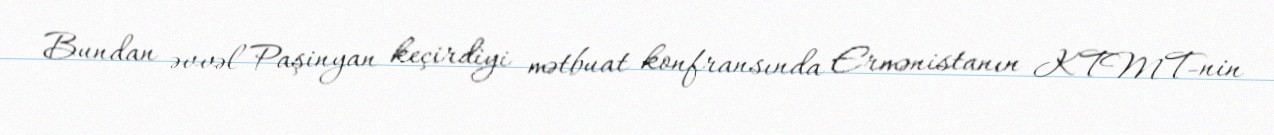
Bundan əvvəl Paşinyan keçirdiyi mətbuat konfransında Ermənistanın KTMT-nin